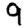
Digit: 9